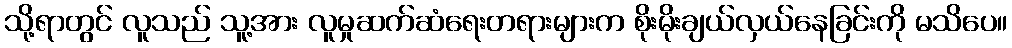
သို့ရာတွင် လူသည် သူ့အား လူမှုဆက်ဆံရေးတရားများက စိုးမိုးချယ်လှယ်နေခြင်းကို မသိပေ။